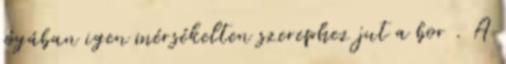
jógában igen mérsékelten szerephez jut a bor . A